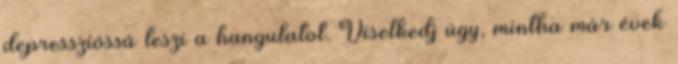
depresszióssá teszi a hangulatot. Viselkedj úgy, mintha már évek